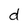
Character: d